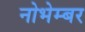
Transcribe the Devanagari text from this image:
नोभेम्बर